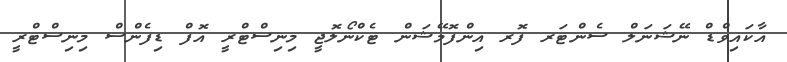
އާކައިވްޑް ނޭޝަނަލް ސެންޓަރ ފޮރ އިންފޮމޭޝަން ޓެކްނޯލޮޖީ މިނިސްޓްރީ އޮފް ޑިފެންސް މިނިސްޓްރީ